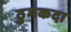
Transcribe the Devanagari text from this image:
ठुमकदा